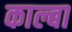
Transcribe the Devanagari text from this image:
काल्बा